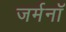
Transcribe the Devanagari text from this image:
जर्मनॉ